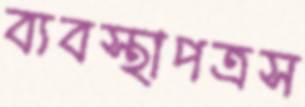
ব্যবস্থাপত্রস